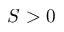
S > 0